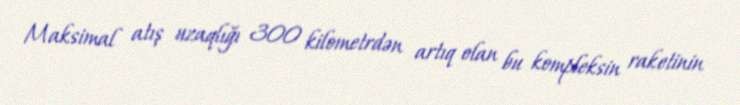
Maksimal atış uzaqlığı 300 kilometrdən artıq olan bu kompleksin raketinin